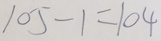
1 0 5 - 1 = 1 0 4